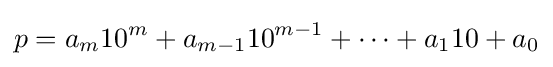
p=a_{m}10^{m}+a_{m-1}10^{m-1}+\cdots +a_{1}10+a_{0}